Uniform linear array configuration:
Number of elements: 32
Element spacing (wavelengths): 0.5
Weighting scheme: exponential
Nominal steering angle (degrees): -45
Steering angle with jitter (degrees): -44.53
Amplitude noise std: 0.05
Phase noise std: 0.05

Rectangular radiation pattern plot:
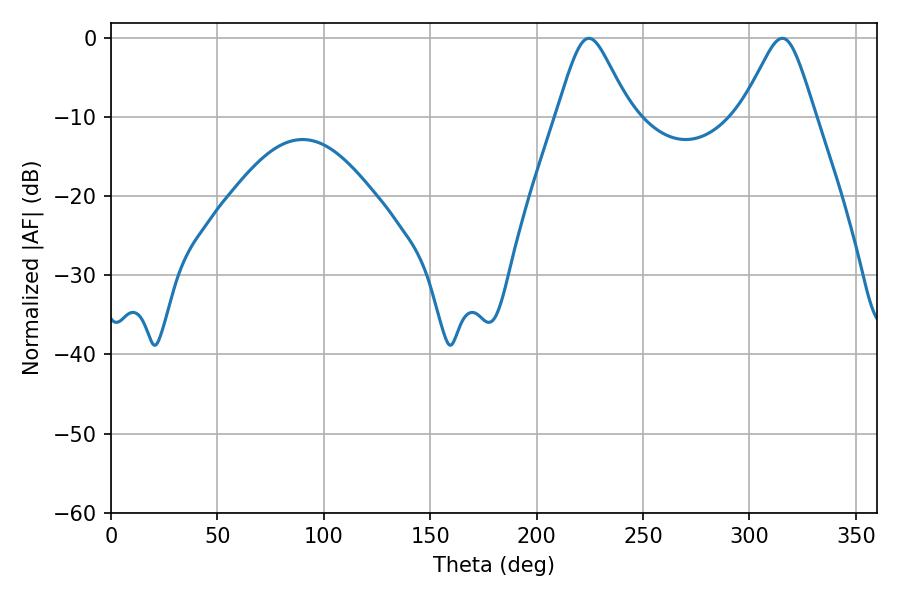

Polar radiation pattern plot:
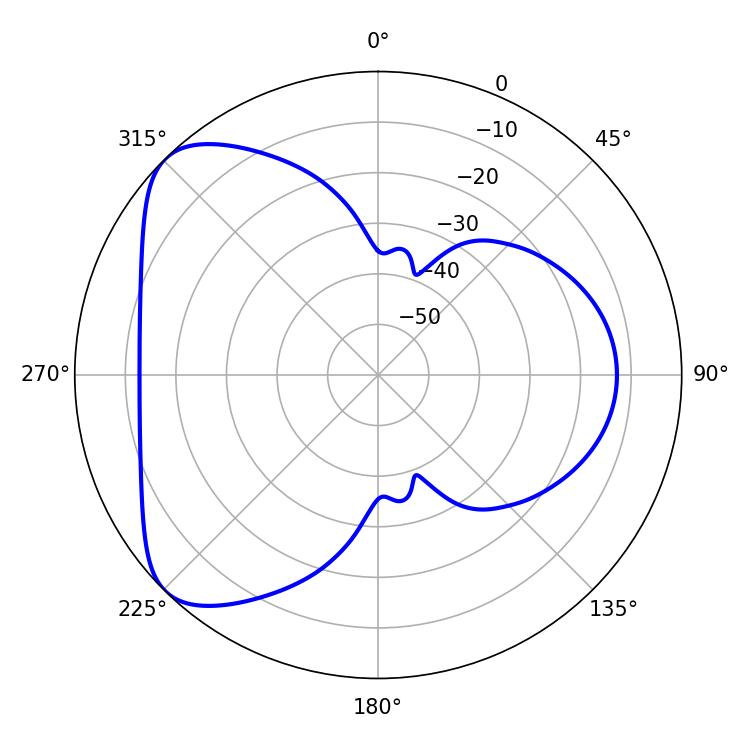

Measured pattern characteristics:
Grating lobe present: FALSE
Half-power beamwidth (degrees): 16.56
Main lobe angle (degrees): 224.46